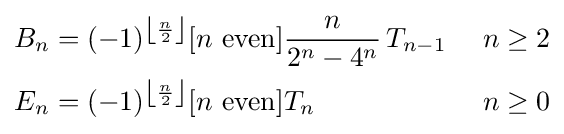
{\begin{aligned}B_{n}&=(-1)^{\left\lfloor {\frac {n}{2}}\right\rfloor }[n{\text{ even}}]{\frac {n}{2^{n}-4^{n}}}\,T_{n-1}\ &n&\geq 2\\E_{n}&=(-1)^{\left\lfloor {\frac {n}{2}}\right\rfloor }[n{\text{ even}}]T_{n}&n&\geq 0\end{aligned}}